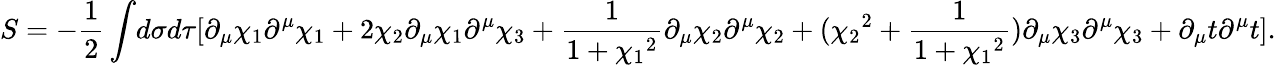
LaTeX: S=-\frac{1}{2}\int\! d\sigma d\tau[\partial_{\mu}\chi_{1}\partial^{\mu}\chi_{1}+2\chi_{2}\partial_{\mu}\chi_{1}\partial^{\mu}\chi_{3}+\frac{1}{1+{\chi_{1}}^{2}}\partial_{\mu}\chi_{2}\partial^{\mu}\chi_{2}+({\chi_{2}}^{2}+\frac{1}{1+{\chi_{1}}^{2}})\partial_{\mu}\chi_{3}\partial^{\mu}\chi_{3}+\partial_{\mu}t\partial^{\mu}t].